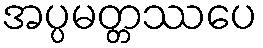
အပ္ပမတ္တဿပေ